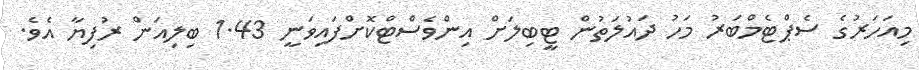
މިއަހަރުގެ ސެޕްޓެމްބަރު މަހު ދައުލަތުން ޓީބިލަށް އިންވެސްޓްކޮށްފައިވަނީ 1.43 ބިލިއަން ރުފިޔާ އެވެ.